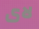
لاى